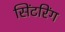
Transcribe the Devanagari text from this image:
सिंटरिंग